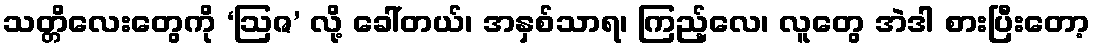
သတ္တိလေးတွေကို ‘ဩဇ’ လို့ ခေါ်တယ်၊ အနှစ်သာရ၊ ကြည့်လေ၊ လူတွေ အဲဒါ စားပြီးတော့